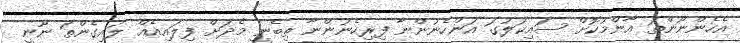
އެހެންނޫންތަ އާންމުކޮށް ސައިކަލުގަ އަންހެނުންނާ ފިރިހެނުންނާ ތިބެނީ މެދަށް ފިލައިއެއް ލައިގެންތަ ނޫނީ